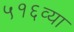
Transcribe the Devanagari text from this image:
५१६व्या